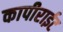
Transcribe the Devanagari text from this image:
कापीराईट